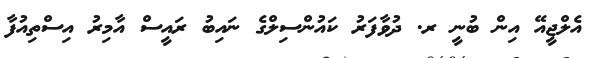
އެލްޖީއޭ އިން ބުނީ ރ. ދުވާފަރު ކައުންސިލްގެ ނައިބު ރައީސް އާމިރު އިސްތިއުފާ